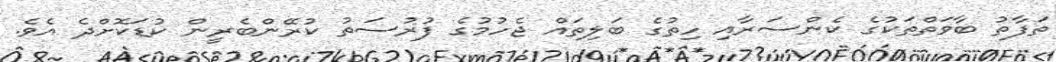
ތަފާތު ބާވަތްތަކުގެ ކެންސަރާއި ހިތުގެ ބަލިތައް ޖެހުމުގެ ފުރުސަތު ކުރޭންބެރީން ކުޑަކޮށްދެ އެވެ.